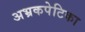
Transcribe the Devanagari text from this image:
अभ्रकपेटिका